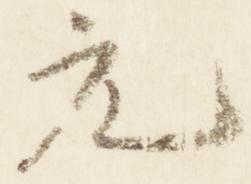
元